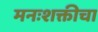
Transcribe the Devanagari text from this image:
मनःशक्तीचा